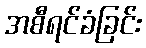
အစီရင်ခံခြင်း